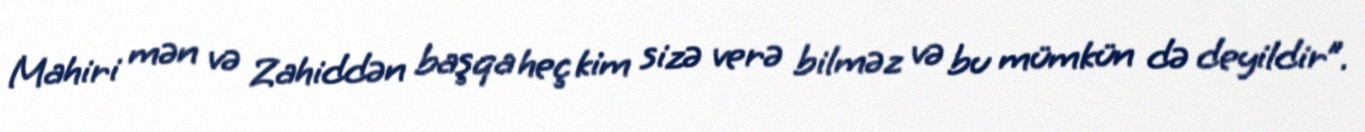
Mahiri mən və Zahiddən başqa heç kim sizə verə bilməz və bu mümkün də deyildir”.